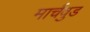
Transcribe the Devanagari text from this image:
मार्चवुड